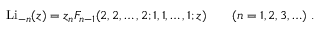
\operatorname { L i } _ { - n } ( z ) = z _ { n } F _ { n - 1 } ( 2 , 2 , \dots , 2 ; 1 , 1 , \dots , 1 ; z ) \qquad ( n = 1 , 2 , 3 , \ldots ) ~ .